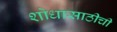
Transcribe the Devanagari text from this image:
शोधासाठीची